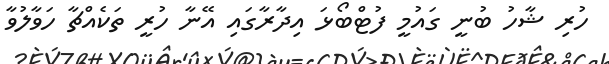
ހުރި ޝާހު ބުނީ ގައުމީ ފުޓްބޯޅަ އިދާރާގައި އޭނާ ހުރީ ތަކެއްޗާ ހަވާލުވާ